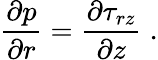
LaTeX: \frac{\partial p}{\partial r}=\frac{\partial\tau_{rz}}{\partial z}\; .